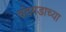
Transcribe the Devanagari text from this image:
चंदगडाच्या